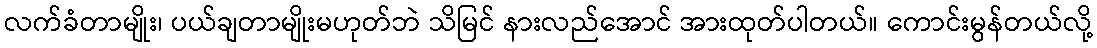
လက်ခံတာမျိုး၊ ပယ်ချတာမျိုးမဟုတ်ဘဲ သိမြင် နားလည်အောင် အားထုတ်ပါတယ်။ ကောင်းမွန်တယ်လို့